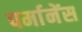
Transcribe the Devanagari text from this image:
पर्मानेंस